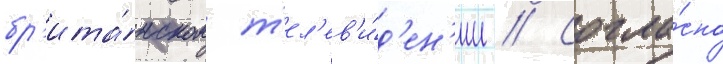
бр'ита́нском т'ел'ев'и́д'ен'ии // Согла́сно